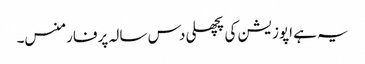
یہ ہے اپوزیشن کی پچھلی دس سالہ پرفارمنس۔